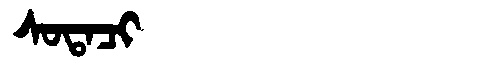
Manchu: ᠰᠣᡨᠠᠴᡳ
Romanization: SOTACI